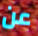
عن